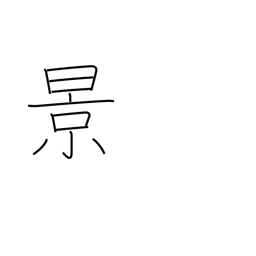
Meaning: scenery